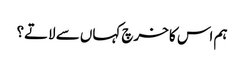
ہم اس کا خرچ کہاں سے لاتے؟